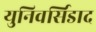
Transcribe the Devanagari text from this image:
युनिवर्सिडाद